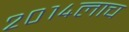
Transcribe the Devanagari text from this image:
२०१४लाच